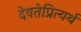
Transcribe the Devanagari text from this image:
देवतेप्रित्यर्थ